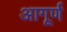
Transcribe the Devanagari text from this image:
आगूर्ण